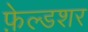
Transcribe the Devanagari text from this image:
फ़ेल्डशर